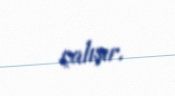
çalışır.